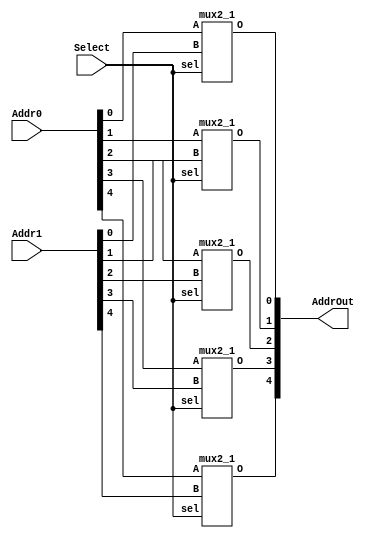
`timescale 1ns / 1ps
//////////////////////////////////////////////////////////////////////////////////
// Company: 
// 
// Design Name: 
// Module Name:    mux2x5to5 
// Project Name: 
// Target Devices: 
// Tool versions: 
// Description: 
//
// Dependencies: 
//
// Revision: 
// Revision 0.01 - File Created
// Additional Comments: 
//
//////////////////////////////////////////////////////////////////////////////////
module mux2x5to5( AddrOut,Addr0, Addr1, Select);  
 output [4:0] AddrOut; // Address Out  
 input [4:0] Addr0, Addr1; // Address In 1 and 2  
 input Select;  
 mux2_1 mux0(AddrOut[0],Addr0[0],Addr1[0],Select);  
 mux2_1 mux1(AddrOut[1],Addr0[1],Addr1[1],Select);  
 mux2_1 mux2(AddrOut[2],Addr0[2],Addr1[2],Select);  
 mux2_1 mux3(AddrOut[3],Addr0[3],Addr1[3],Select);  
 mux2_1 mux4(AddrOut[4],Addr0[4],Addr1[4],Select);  
 endmodule  
 
 `timescale 1 ps / 100 fs  
 module mux2_1(O,A,B,sel);  
 // sel = 0 => O = A  
 // sel = 1 => O =B  
 output O;  
 input A,B,sel;  
 not #(50) not1(nsel,sel);  
 and #(50) and1(O1,A,nsel);   
 and #(50) and2(O2,B,sel);  
 or #(50) or2(O,O1,O2);  
 endmodule